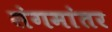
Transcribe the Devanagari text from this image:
संगमांतर